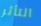
التأثر